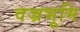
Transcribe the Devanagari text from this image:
वज्रभूमि